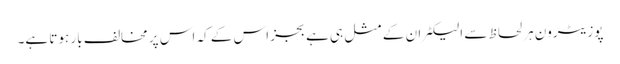
پوزیٹرون ہر لحاظ سے الیکٹران کے مثل ہی ہے بجز اس کے کہ اس پر مخالف بار ہوتا ہے۔